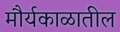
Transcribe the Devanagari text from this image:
मौर्यकाळातील